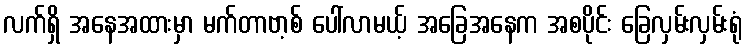
လက်ရှိ အနေအထားမှာ မက်တာဗာ့စ် ပေါ်လာမယ့် အခြေအနေက အစပိုင်း ခြေလှမ်းလှမ်းရုံ